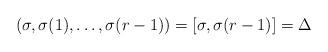
LaTeX: \begin{align*} (\sigma, \sigma(1), \ldots, \sigma(r-1))=[\sigma,\sigma(r-1)]=\Delta\end{align*}